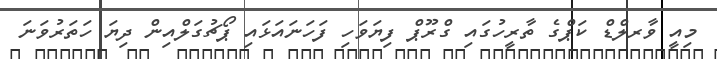
މިއީ ވާރލްޑް ކަޕްގެ ތާރީހުގައި ގްރޫޕް ފިޔަވަހި ފަހަނައަޅައި ޕޯޗުގަލްއިން ދިޔަ ހަތަރުވަނަ